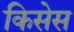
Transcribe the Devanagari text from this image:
किसेस